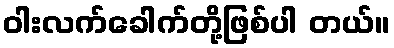
ဝါးလက်ခေါက်တို့ဖြစ်ပါ တယ်။